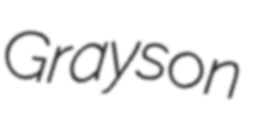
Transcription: Grayson